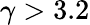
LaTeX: \gamma>3.2